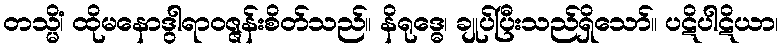
တသ္မိံ၊ ထိုမနောဒွါရာဝဇ္ဇန်းစိတ်သည်။ နိရုဒ္ဓေ၊ ချုပ်ပြီးသည်ရှိသော်။ ပဋိပါဋိယာ၊